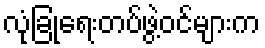
လုံခြုံရေးတပ်ဖွဲ့ဝင်များက